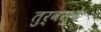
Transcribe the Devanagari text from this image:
तुर्वसुके